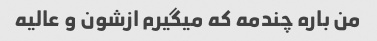
من باره چندمه که میگیرم ازشون و عالیه